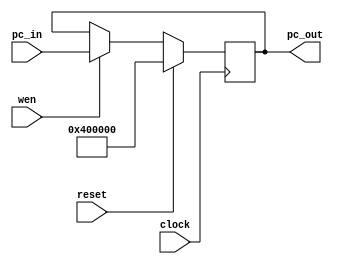


// file pc_reg.v


module pc_reg(
	input wire [31:0] pc_in,
	input wire clock,
	input wire reset,
	input wire wen,
	output reg [31:0] pc_out);
	
	initial begin
		pc_out = 32'h00400000;
	end
	
	always @(posedge clock) begin
		if (reset == 1) begin
			pc_out = 32'h00400000;
		end else if (wen == 1) begin
			pc_out <= pc_in;
		end
	end

endmodule